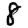
Digit: 8